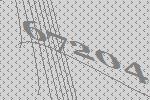
67204